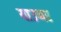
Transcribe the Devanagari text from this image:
याउप्पर